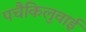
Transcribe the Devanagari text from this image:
पचैकिलुवाई